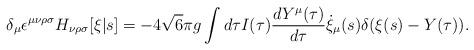
LaTeX: \begin{align*}\delta_\mu \epsilon^{\mu\nu\rho\sigma} H_{\nu\rho\sigma}[\xi|s] = -4 \sqrt{6} \pi g \int d\tau I(\tau) \frac{d Y^\mu(\tau)}{d\tau} \dot{\xi}_\mu(s) \delta(\xi(s) - Y(\tau)).\end{align*}